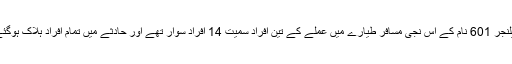
چیلنجر 601 نام کے اس نجی مسافر طیارے میں عملے کے تین افراد سمیت 14 افراد سوار تھے اور حادثے میں تمام افراد ہلاک ہوگئے۔